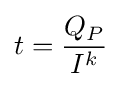
t={\frac {Q_{P}}{I^{k}}}